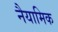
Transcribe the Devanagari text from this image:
नैयामिक